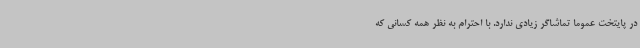
در پایتخت عموما تماشاگر زیادی ندارد. با احترام به نظر همه کسانی که